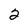
Character: 2